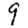
Digit: 9